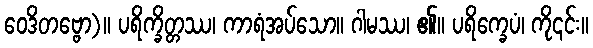
ဝေဒိတဗ္ဗော)။ ပရိက္ခိတ္တဿ၊ ကာရံအပ်သော။ ဂါမဿ၊ ၏။ ပရိက္ခေပံ၊ ကို၎င်း။